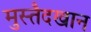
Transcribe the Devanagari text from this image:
मुस्तैदखान